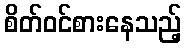
စိတ်ဝင်စားနေသည့်